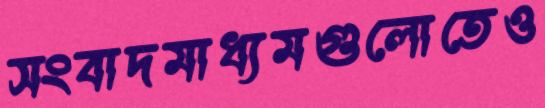
সংবাদমাধ্যমগুলোতেও